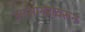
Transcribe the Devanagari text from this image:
उपसागरावरून